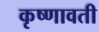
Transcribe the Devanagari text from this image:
कृष्णावती